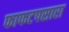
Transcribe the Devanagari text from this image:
फाफटपसारा